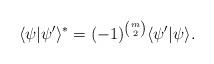
LaTeX: \begin{align*}\langle\psi|\psi^{\prime}\rangle^{\ast}=(-1)^{{m \choose 2}}\langle\psi^{\prime}|\psi\rangle.\end{align*}